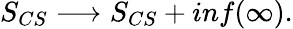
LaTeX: S_{CS}\longrightarrow S_{CS}+inf(\infty).